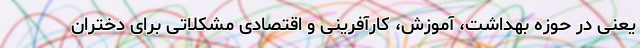
یعنی در حوزه بهداشت، آموزش، کارآفرینی و اقتصادی مشکلاتی برای دختران